Report on the administration of the Government Cinchona Department 1892-98
Year: 1892
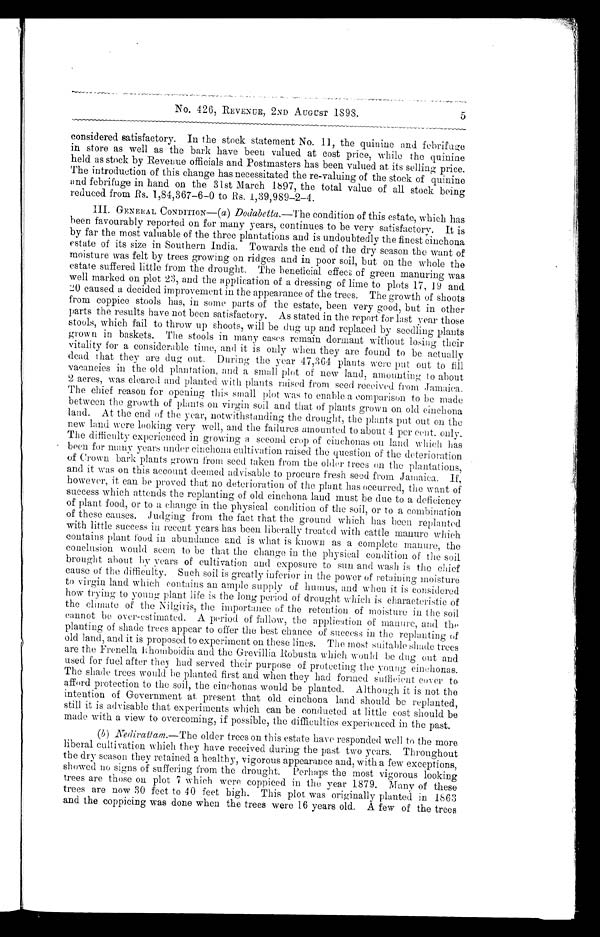
No. 426, REVENUE, 2ND AUGUST 1898.
5
considered satisfactory. In the stock statement No. 11, the quinine and febrifuge
in store as well as the bark have been valued at cost price, while the quinine
held as stock by Revenue officials and Postmasters has been valued at its selling price.
The introduction of this change has necessitated the re-valuing of the stock of quinine
and febrifuge in hand on the 31st March 1697, the total value of all stock being
reduced from Rs. 1,84,367–6–0 to Rs. 1,39,989–2–4.
III. GENERAL CONDITION—(a) Dodabetta.—The condition of this estate, which has
been favourably reported on fur many years, continues to be very satisfactory. It is
by far the most valuable of the three plantations and is undoubtedly the finest cinchona
estate of its size in Southern India. Towards the end of the dry season the want of
moisture was felt by trees growing on ridges and in poor soil, but on the whole the
estate suffered little from the drought. The beneficial effects of green manuring was
well marked on plot 23, and the application of a dressing of lime to plots 17, 19 and
20 caused a decided improvement in the appearance of the trees. The growth of shoots
from coppice stools has, in some parts of the estate, been very good, but in other
parts the results have not been satisfactory. As stated in the report for last year those
stools, which fail to throw up shoots, will be dug up and replaced by seedling plants
grown in baskets. The stools in many cases remain dormant without losing their
vitality for a considerable time, and it is only when they are found to be actually
dead Chat they are dug out. During the year 47,364: plants were put out to fill
vacancies in the old plantation, and a small plot of new land, amounting to about
2 acres, was cleared and planted with plants raised from seed received from Jamaica.
The chief reason for opening this small plot was to enable a comparison to be made
between the growth of plants on virgin soil and that of plants grown on old cinchona
land. At the end of the year, notwithstanding the drought, the plants put out on the
new land were looking very well, and the failures amounted to about 4 per cent. only.
The difficulty experienced in growing a second crop of cinchonas on land which has
been for many years under cinchona cultivation raised the question of the deterioration
of Crown bark plants grown front seed taken from the older trees on the plantations,
and it was on this account deemed advisable to procure fresh seed from Jamaica. If,
however, it can be proved that no deterioration of the plant has occurred, the want of
success which attends the replanting of old cinchona laud must be due to a deficiency
of plant food, or to a change in the physical condition of the soil, or to a combination
of these causes. Judging from the fact that the ground which has been replanted
with little success in recent years has been liberally treated with cattle manure which
contains plant food in abundance and is what is known as a complete manure, the
conclusion would seem to be that the change in the physical condition of the soil
brought about by years of cultivation and exposure to sun and wash is the chief
cause of the difficulty. Such soil is greatly inferior in the power of retaining moisture
to virgin land which contains an ample supply of humus, and when it is considered
how trying to young plant life is the long period of drought which is characteristic of
the climate of the Nilgiris, the importance of the retention of moisture in the soil
cannot be over-estimated. A period of fallow, the application of manure, and
t h e p l a n t i n g o f s h a d e t r e e s a p p e a r t o o f f e r t h e b e s t c h a n c e o f s u c c e s s i n t h e r e p l a n t i n g o f
old land, and it is proposed to experiment on these lines. The most suitable shade trees
are the Frenella Rhomboidia and the Grevillia Robusta which would be dug out and
used for fuel after they had served their purpose of protecting the young cinchonas.
The shade trees would be planted first and when they had formed sufficient cover to
afford protection to the soil, the cinchonas would be planted. Although it is not the
intention of Government at present that old cinchona land should be replanted,
still it is advisable that experiments which can be conducted at little cost should be
made with a view to overcoming, if possible, the difficulties experienced in the past.
(b) Nedivattam.—The older trees on this estate have responded well to the more
liberal cultivation which they have received during the past two years. Throughout
the dry season they retained a healthy, vigorous appearance and, with a few exceptions,
showed no signs of suffering from the drought. Perhaps the most vigorous looking
trees are those on plot 7 which were coppiced in the year 1879. Many of these
trees are now 30 feet to 40 feet high. This plot was originally planted in 1863
and the coppicing was done when the trees were 16 years old. A few of the trees